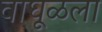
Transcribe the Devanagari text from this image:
वाघूळला